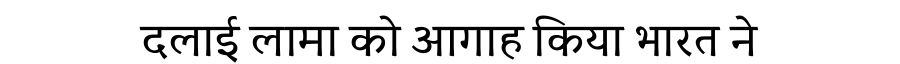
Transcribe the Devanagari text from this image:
दलाई लामा को आगाह किया भारत ने